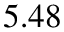
5 . 4 8